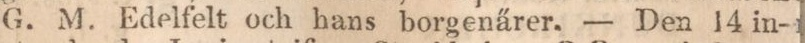
G. M. Edelfelt och hans borgenärer. — Den 14 in-